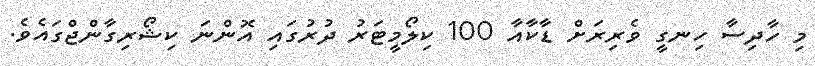
މި ހާދިސާ ހިނގީ ވެރިރަށް ޑާކާއާ 100 ކިލޯމީޓަރު ދުރުގައި އޮންނަ ކިޝޯރިގާންޖްގައެވެ.